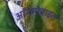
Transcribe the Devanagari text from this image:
ऑनमोबाइल